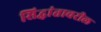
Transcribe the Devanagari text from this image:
सिद्धांतावरील